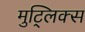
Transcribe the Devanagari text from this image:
मुट्लिक्स